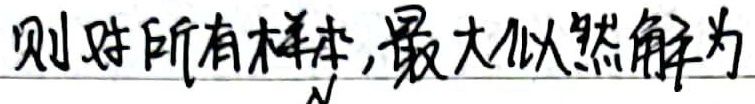
则对所有样本，最大似然解为\(\widehat{\lambda}\)